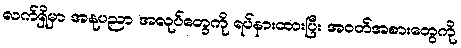
လက်ရှိမှာ အနုပညာ အလုပ်တွေကို ရပ်နားထားပြီး အဝတ်အစားတွေကို